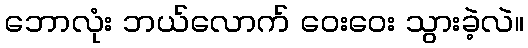
ဘောလုံး ဘယ်လောက် ဝေးဝေး သွားခဲ့လဲ။